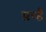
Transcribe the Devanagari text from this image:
प्रच्है